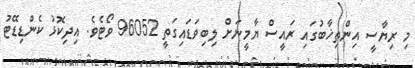
މި ރިޔާސީ އިންތިޚާބުގައި ރައީސް ޔާމީނަށް ލިބިވަޑައިގަތީ 96052 ވޯޓެވެ. އިދިކޮޅު ކެންޑިޑޭޓު